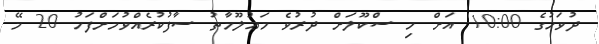
ދުވަހުގެ 10:00 އަށް މި ސްކޫލަށް ދުރުވެ މަޢުލޫމާތު ސާފުކުރެއްވުމަށްފަހު 20 މޭ